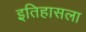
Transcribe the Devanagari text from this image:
इतिहासला